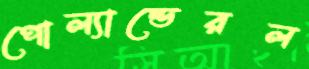
পোল্যান্ডেরল